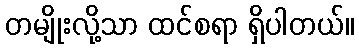
တမျိုးလို့သာ ထင်စရာ ရှိပါတယ်။